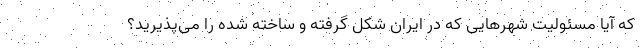
که آیا مسئولیت شهرهایی که در ایران شکل گرفته و ساخته شده را می‌پذیرید؟